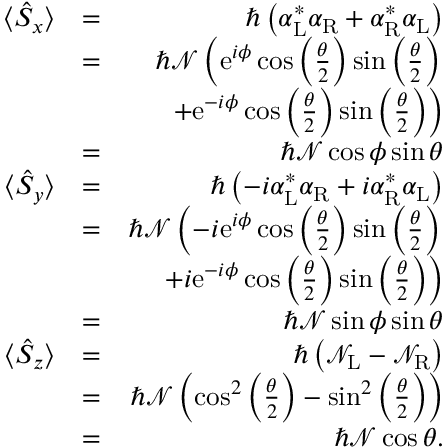
\begin{array} { r l r } { \langle \hat { S } _ { x } \rangle } & { = } & { \hbar \left( { \alpha } _ { \mathrm { L } } ^ { * } { \alpha } _ { \mathrm { R } } + { \alpha } _ { \mathrm { R } } ^ { * } { \alpha } _ { \mathrm { L } } \right) } \\ & { = } & { \hbar { \mathcal N } \left( \mathrm { e } ^ { i \phi } \cos \left( \frac { \theta } { 2 } \right) \sin \left( \frac { \theta } { 2 } \right) \right. } \\ & { } & { \left. + \mathrm { e } ^ { - i \phi } \cos \left( \frac { \theta } { 2 } \right) \sin \left( \frac { \theta } { 2 } \right) \right) } \\ & { = } & { \hbar { \mathcal N } \cos { \phi } \sin \theta } \\ { \langle \hat { S } _ { y } \rangle } & { = } & { \hbar \left( - i { \alpha } _ { \mathrm { L } } ^ { * } { \alpha } _ { \mathrm { R } } + i { \alpha } _ { \mathrm { R } } ^ { * } { \alpha } _ { \mathrm { L } } \right) } \\ & { = } & { \hbar { \mathcal N } \left( - i \mathrm { e } ^ { i \phi } \cos \left( \frac { \theta } { 2 } \right) \sin \left( \frac { \theta } { 2 } \right) \right. } \\ & { } & { \left. + i \mathrm { e } ^ { - i \phi } \cos \left( \frac { \theta } { 2 } \right) \sin \left( \frac { \theta } { 2 } \right) \right) } \\ & { = } & { \hbar { \mathcal N } \sin { \phi } \sin \theta } \\ { \langle \hat { S } _ { z } \rangle } & { = } & { \hbar \left( { \mathcal N } _ { \mathrm { L } } - { \mathcal N } _ { \mathrm { R } } \right) } \\ & { = } & { \hbar { \mathcal N } \left( \cos ^ { 2 } \left( \frac { \theta } { 2 } \right) - \sin ^ { 2 } \left( \frac { \theta } { 2 } \right) \right) } \\ & { = } & { \hbar { \mathcal N } \cos \theta . } \end{array}